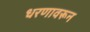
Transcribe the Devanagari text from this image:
धरणावरून